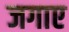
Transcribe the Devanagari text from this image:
जगाए